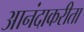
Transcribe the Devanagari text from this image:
आनंदाकरीता